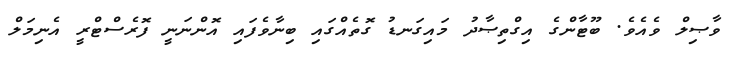
ވާޞިލް ވެއެވެ. ބޫޓާންގެ އިގްތިޞާދު މައިގަނޑު ގޮތެއްގައި ބިނާވެފައި އޮންނަނީ ފޮރެސްޓްރީ އެނިމަލް